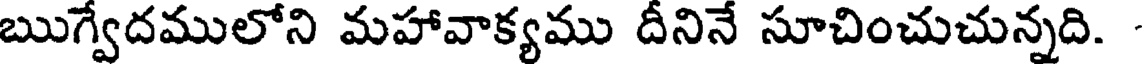
ఋగ్వేదములోని మహావాక్యము దీనినే సూచించుచున్నది.